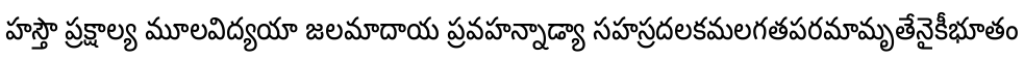
హస్తౌ ప్రక్షాల్య మూలవిద్యయా జలమాదాయ ప్రవహన్నాడ్యా సహస్రదలకమలగతపరమామృతేనైకీభూతం